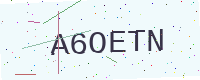
Text: A6OETN